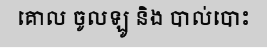
គោល ចូលឡូ និង បាល់បោះ